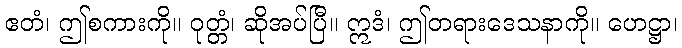
ဧတံ၊ ဤစကားကို။ ဝုတ္တံ၊ ဆိုအပ်ပြီ။ ဣဒံ၊ ဤတရားဒေသနာကို။ ဟေဋ္ဌာ၊